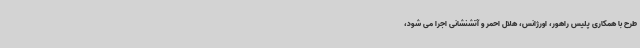
طرح با همکاری پلیس راهور، اورژانس، هلال احمر و آتشنشانی اجرا می شود،